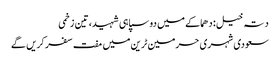
دتہ خیل: دھماکے میں دو سپاہی شہید، تین زخمی
سعودی شہری حرمین ٹرین میں مفت سفر کریں گے